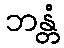
ဘန္တံ